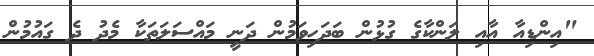
"އިންޑިއާ އާއި ލަންކާގެ ގުޅުން ބަދަހިވަމުން ދަނީ މައްސަލަތަކާ މެދު ދެ ގައުމުން